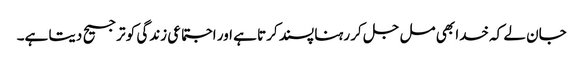
جان لے کہ خدا بھی مل جل کر رہنا پسند کرتا ہے اور اجتماعی زندگی کو ترجیح دیتا ہے۔